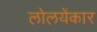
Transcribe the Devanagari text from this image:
लोलयेंकार